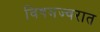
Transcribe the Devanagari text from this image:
विषमज्वरात